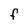
Character: f